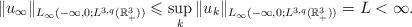
\begin{align*}\|u_{\infty}\|_{L_{\infty}(-\infty,0; L^{3,q}(\mathbb{R}^{3}_{+}))}\leqslant \sup_{k}\|u_{k}\|_{L_{\infty}(-\infty,0; L^{3,q}(\mathbb{R}^{3}_{+}))}=L<\infty.\end{align*}